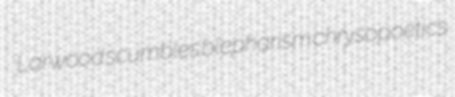
Larwood scumbles blepharism chrysopoetics